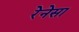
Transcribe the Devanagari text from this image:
रेनेसा